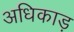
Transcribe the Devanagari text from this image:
अधिकाड़